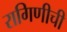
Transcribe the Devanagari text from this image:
रागिणीची